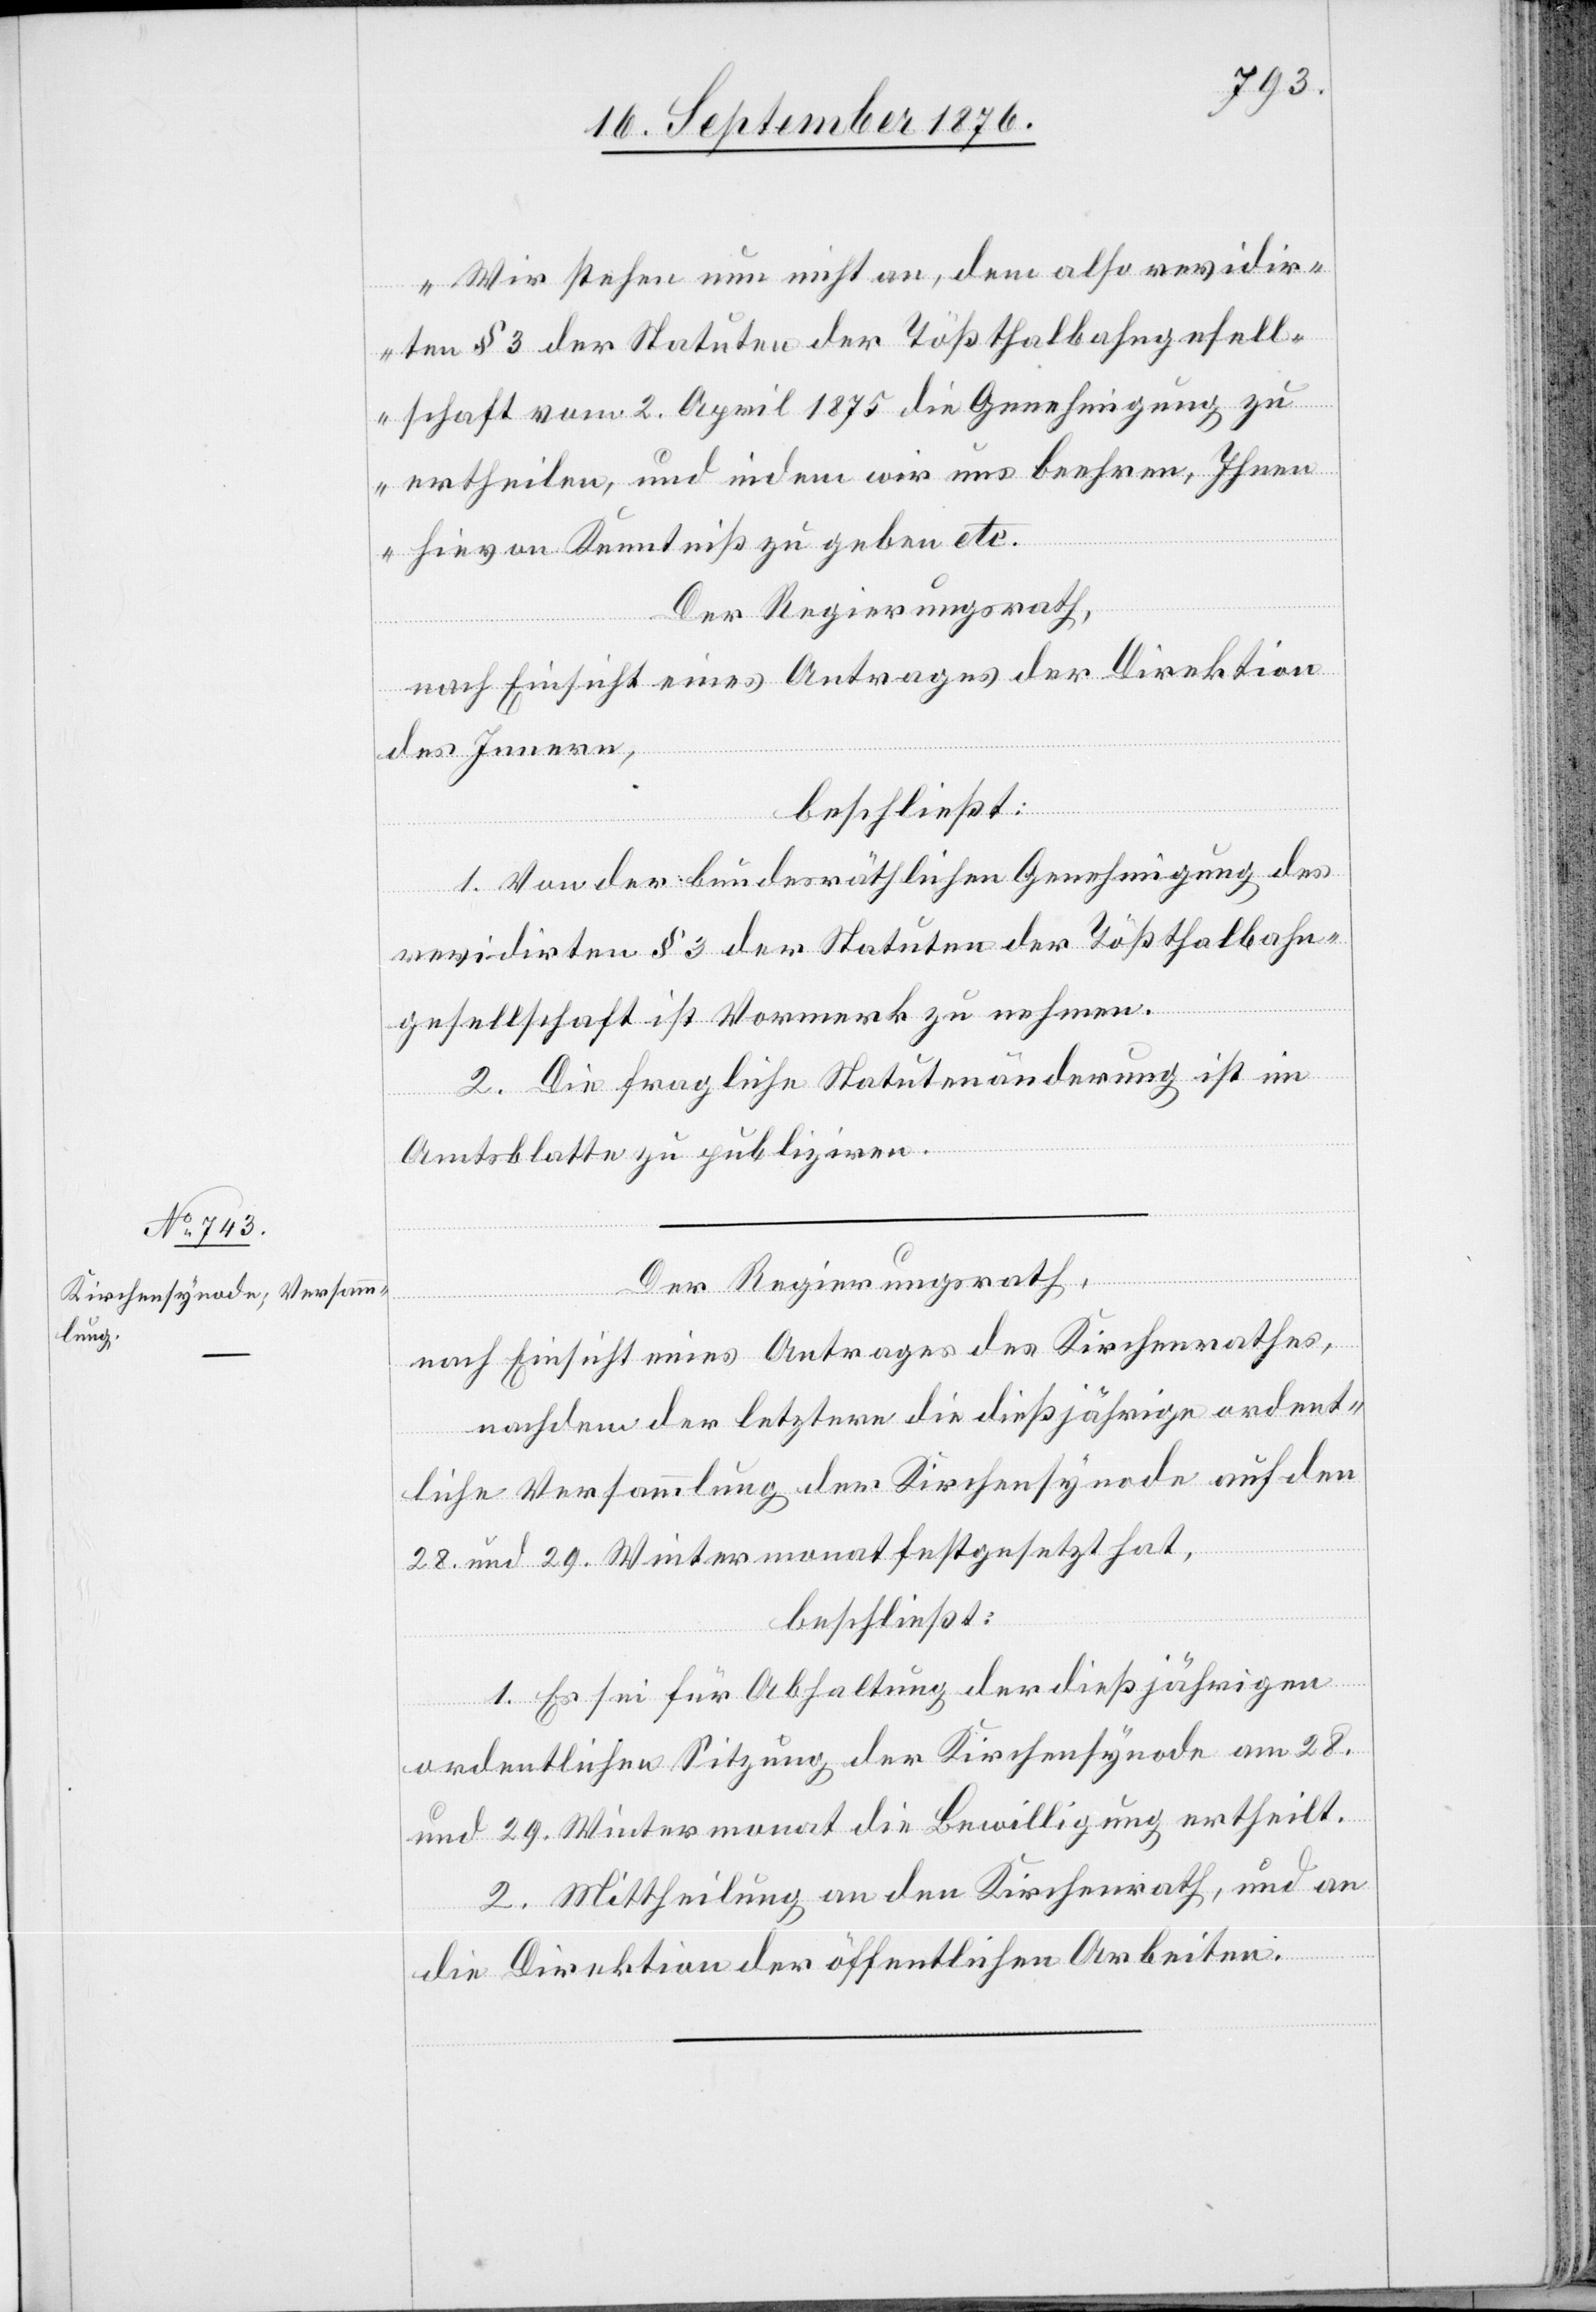
Wir stehen nun nicht an, dem also revidir¬
ten § 3 der Statuten der Tößthalbahngesell¬
schaft vom 2. April 1875 die Genehmigung zu
ertheilen, und indem wir uns beehren, Ihnen
hievon Kenntniß zu geben etc.
Der Regierungsrath,
nach Einsicht eines Antrages der Direktion
des Innern,
beschließt:
1. Von der bundesräthlichen Genehmigung des
revidirten § 3 der Statuten der Tößthalbahn¬
gesellschaft ist Vormerk zu nehmen.
2. Die fragliche Statutenänderung ist im
Amtsblatte zu publiziren.
Der Regierungsrath,
nach Einsicht eines Antrages des Kirchenrathes,
nachdem der letztere die dießjährige ordent¬
liche Versammlung der Kirchensynode auf den
28. und 29. Wintermonat festgesetzt hat,
beschließt:
1. Es sei für Abhaltung der dießjährigen
ordentlichen Sitzung der Kirchensynode am 28.
und 29. Wintermonat die Bewilligung ertheilt.
2. Mittheilung an den Kirchenrath, und an
die Direktion der öffentlichen Arbeiten.